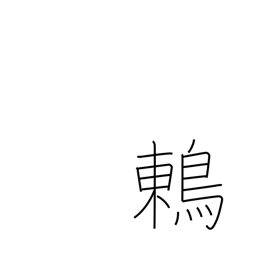
Meaning: thrush